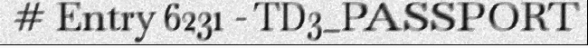
# Entry 6231 - TD3_PASSPORT